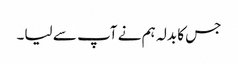
جس کا بدلہ ہم نے آپ سے لیا۔